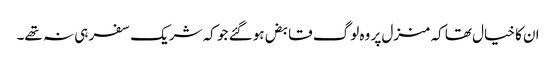
ان کا خیال تھا کہ منزل پر وہ لوگ قابض ہو گئے جو کہ شریک سفر ہی نہ تھے۔